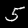
Digit: 5